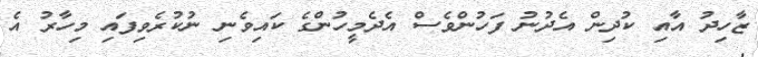
ޒާހިދު އާއި ކުދިން އެދުނު ފަހުންވެސް އެދެމީހުންގެ ކައިވެނި ނުކުރެވިފައި މިހާރު އެ